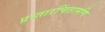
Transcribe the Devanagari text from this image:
प्रस्तारचिंतामणि